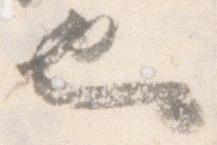
也